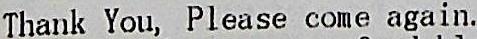
THANK YOU, PLEASE COME AGAIN.